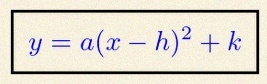
y=a(x-h)^2+k